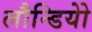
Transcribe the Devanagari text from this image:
लौन्डियोे